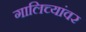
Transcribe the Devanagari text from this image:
गालिच्यांवर